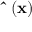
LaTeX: \mathbf { \hat { \mu } } ( \mathbf { x } )